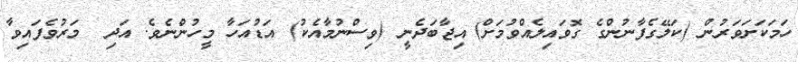
ހަމަކަށަވަރުން (ކަލޭގެފާނުންގެ ގޮވައިލެއްވުމަށް) އިޖާބަދެނީ (ވިސްނުމާއެކު) އަޑުއަހާ މީހުންނެވެ. އަދި  މަރުވެފައިވާ